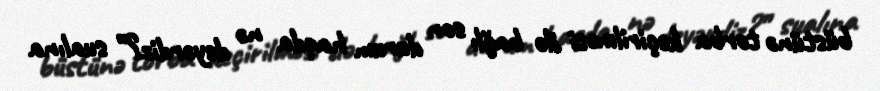
büstünə torba keçirilməsi ilə bağlı son durum haqda nə deyərdiz?” sualına